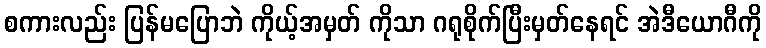
စကားလည်း ပြန်မပြောဘဲ ကိုယ့်အမှတ် ကိုသာ ဂရုစိုက်ပြီးမှတ်နေရင် အဲဒီယောဂီကို